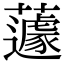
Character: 蘧